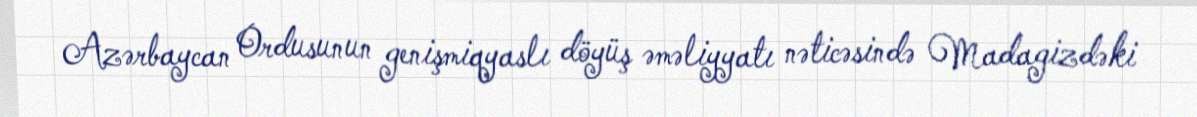
Azərbaycan Ordusunun genişmiqyaslı döyüş əməliyyatı nəticəsində Madagizdəki